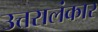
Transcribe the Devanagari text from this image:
उत्तरालंकार